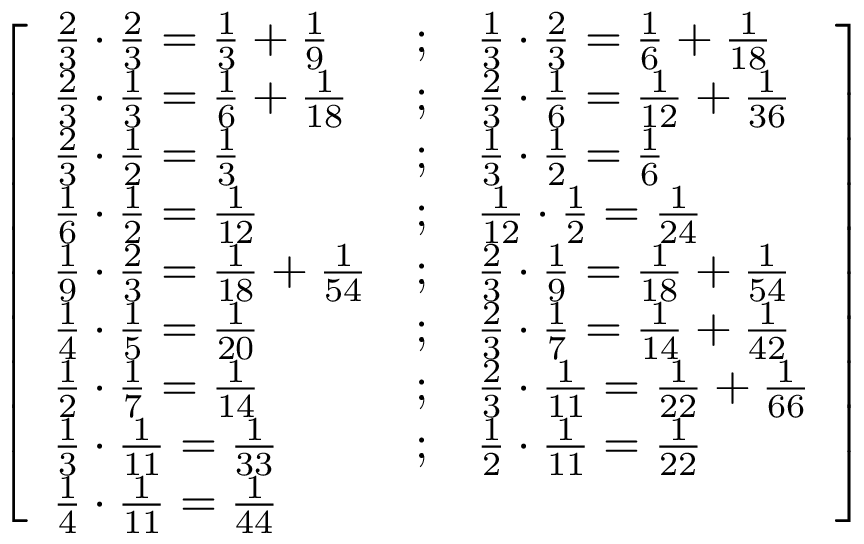
{ \left[ \begin{array} { l l l } { { \frac { 2 } { 3 } } \cdot { \frac { 2 } { 3 } } = { \frac { 1 } { 3 } } + { \frac { 1 } { 9 } } } & { ; } & { { \frac { 1 } { 3 } } \cdot { \frac { 2 } { 3 } } = { \frac { 1 } { 6 } } + { \frac { 1 } { 1 8 } } } \\ { { \frac { 2 } { 3 } } \cdot { \frac { 1 } { 3 } } = { \frac { 1 } { 6 } } + { \frac { 1 } { 1 8 } } } & { ; } & { { \frac { 2 } { 3 } } \cdot { \frac { 1 } { 6 } } = { \frac { 1 } { 1 2 } } + { \frac { 1 } { 3 6 } } } \\ { { \frac { 2 } { 3 } } \cdot { \frac { 1 } { 2 } } = { \frac { 1 } { 3 } } } & { ; } & { { \frac { 1 } { 3 } } \cdot { \frac { 1 } { 2 } } = { \frac { 1 } { 6 } } } \\ { { \frac { 1 } { 6 } } \cdot { \frac { 1 } { 2 } } = { \frac { 1 } { 1 2 } } } & { ; } & { { \frac { 1 } { 1 2 } } \cdot { \frac { 1 } { 2 } } = { \frac { 1 } { 2 4 } } } \\ { { \frac { 1 } { 9 } } \cdot { \frac { 2 } { 3 } } = { \frac { 1 } { 1 8 } } + { \frac { 1 } { 5 4 } } } & { ; } & { { \frac { 2 } { 3 } } \cdot { \frac { 1 } { 9 } } = { \frac { 1 } { 1 8 } } + { \frac { 1 } { 5 4 } } } \\ { { \frac { 1 } { 4 } } \cdot { \frac { 1 } { 5 } } = { \frac { 1 } { 2 0 } } } & { ; } & { { \frac { 2 } { 3 } } \cdot { \frac { 1 } { 7 } } = { \frac { 1 } { 1 4 } } + { \frac { 1 } { 4 2 } } } \\ { { \frac { 1 } { 2 } } \cdot { \frac { 1 } { 7 } } = { \frac { 1 } { 1 4 } } } & { ; } & { { \frac { 2 } { 3 } } \cdot { \frac { 1 } { 1 1 } } = { \frac { 1 } { 2 2 } } + { \frac { 1 } { 6 6 } } } \\ { { \frac { 1 } { 3 } } \cdot { \frac { 1 } { 1 1 } } = { \frac { 1 } { 3 3 } } } & { ; } & { { \frac { 1 } { 2 } } \cdot { \frac { 1 } { 1 1 } } = { \frac { 1 } { 2 2 } } } \\ { { \frac { 1 } { 4 } } \cdot { \frac { 1 } { 1 1 } } = { \frac { 1 } { 4 4 } } } & & \end{array} \right] }